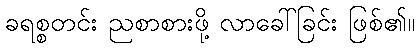
ခရစ္စတင်း ညစာစားဖို့ လာခေါ်ခြင်း ဖြစ်၏။